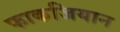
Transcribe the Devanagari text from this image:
फाकजियान